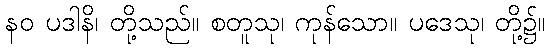
နဝ ပဒါနိ၊ တို့သည်။ စတူသု၊ ကုန်သော။ ပဒေသု၊ တို့၌။